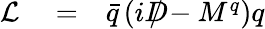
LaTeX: \begin{array}{rlr}{\mathcal{L}}&{{}=}&{\bar{q}\left(iD\! \! \! \! /-M^{q}\right)q}\end{array}